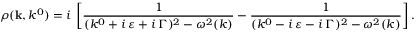
\rho ( { \bf k } , k ^ { 0 } ) = i \: \left[ \frac { 1 } { ( k ^ { 0 } + i \: \varepsilon + i \: \Gamma ) ^ { 2 } - \omega ^ { 2 } ( k ) } - \frac { 1 } { ( k ^ { 0 } - i \: \varepsilon - i \: \Gamma ) ^ { 2 } - \omega ^ { 2 } ( k ) } \right] .